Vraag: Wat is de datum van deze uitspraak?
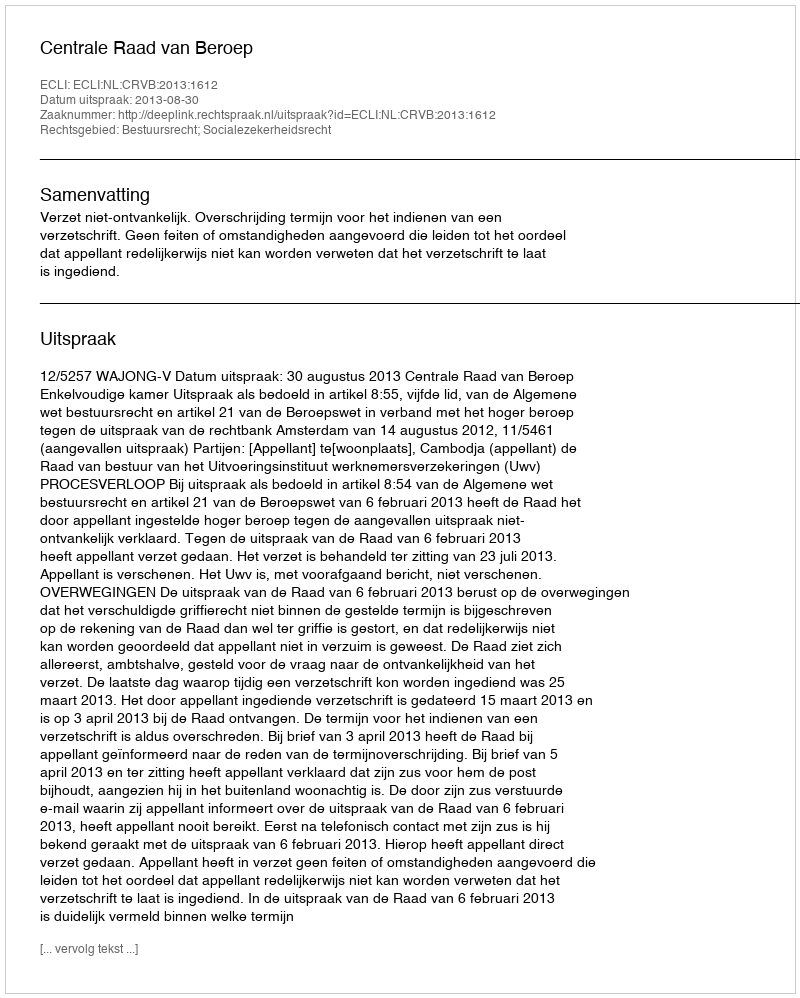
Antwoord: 2013-08-30